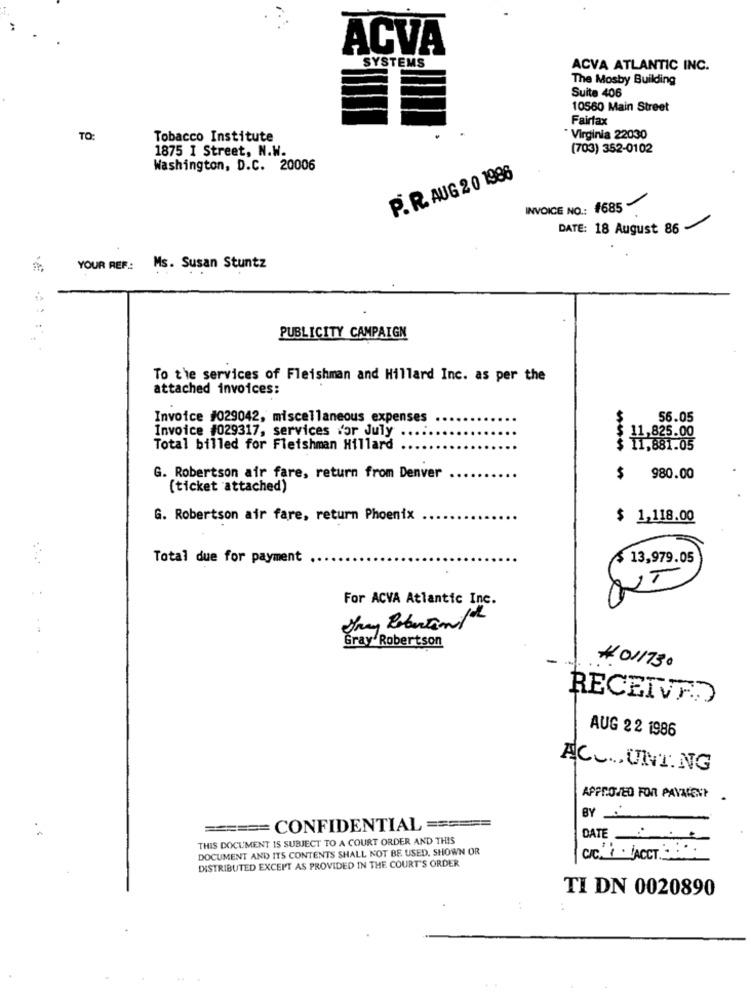
ACVA
SYSTEMS
ACVA ATLANTIC INC.
The Mosby Building
Suite 406
10560 Main Street
Fairfax
TO:
Tobacco Institute
Virginia 22030
1875 I Street, N.W.
(703) 352-0102
Washington, D.C. 20006
P. R. AUG 2 0 1986
INVOICE NO .: 1685
DATE: 18 August 86 -
YOUR REF:
Ms. Susan Stuntz
PUBLICITY CAMPAIGN
To the services of Fleishman and Hillard Inc. as per the
attached invoices:
Invoice #029042, miscellaneous expenses
$
56.05
Invoice #029317, services for July
1,825.00
Total billed for Fleishman Hillard
G. Robertson air fare, return from Denver
$
980.00
(ticket attached)
G. Robertson air fare, return Phoenix
$ 1,118.00
Total due for payment
13,979.05
..
For ACVA Atlantic Inc.
Gray Robertson
#011730
AUG 22 1986
AC ... UNT. NG
APPROVED FOR PAYAIENT .
BY
====== CONFIDENTIAL ======
THIS DOCUMENT IS SUBJECT TO A COURT ORDER AND THIS
DATE
DOCUMENT AND ITS CONTENTS SHALL NOT BE USED, SHOWN OR
CIC. 1. [ACCT ..
DISTRIBUTED EXCEPT AS PROVIDED IN THE COURT'S ORDER
TI DN 0020890